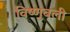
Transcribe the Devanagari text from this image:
विष्णुबली